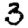
Digit: 3